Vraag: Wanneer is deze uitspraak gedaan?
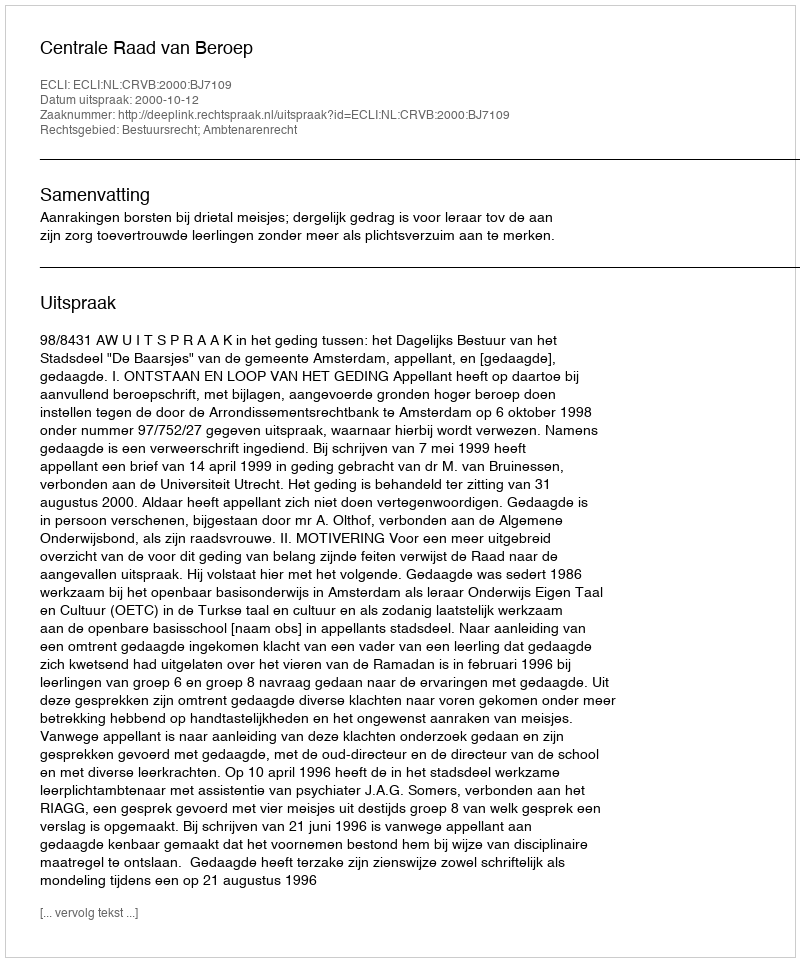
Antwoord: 2000-10-12